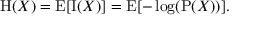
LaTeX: \mathrm { H } ( X ) = \operatorname { E } [ \operatorname { I } ( X ) ] = \operatorname { E } [ - \log ( \mathrm { P } ( X ) ) ] .